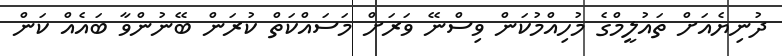
ދުނިޔެއަށް ތައުލީމްގެ މުހިއްމުކަން ވިސްނޭ ވަރަށް މަސައްކަތް ކުރަން ބޭނުންވާ ބައެއް ކަން